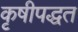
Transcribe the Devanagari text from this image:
कृषीपद्धत